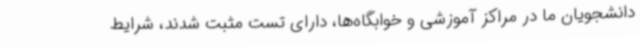
دانشجویان ما در مراکز آموزشی و خوابگاه‌ها، دارای تست مثبت شدند، شرایط